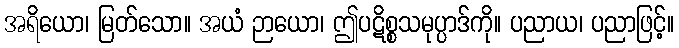
အရိယော၊ မြတ်သော။ အယံ ဉာယော၊ ဤပဋိစ္စသမုပ္ပာဒ်ကို။ ပညာယ၊ ပညာဖြင့်။